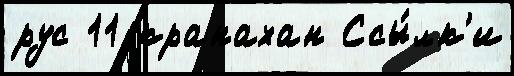
рус 11 кранахан Ссы́лк'и